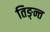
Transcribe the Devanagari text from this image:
तिङ्न्त